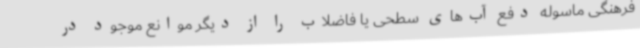
فرهنگی ماسوله دفع آب‌های سطحی یا فاضلاب را از دیگر موانع موجود در